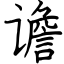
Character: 谵